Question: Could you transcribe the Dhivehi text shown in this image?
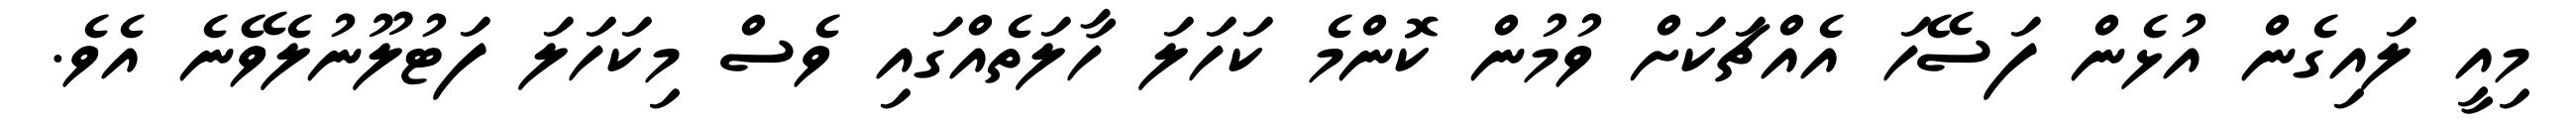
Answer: މިއީ ލައިގެން އުޅެން ފަސޭހަ އެއްޗަކަށް ވުމުން ކޮންމެ ކަހަލަ ހާލަތެއްގައި ވެސް މިކަހަލަ ފަޓުލޫނުލެވޭނެ އެވެ.